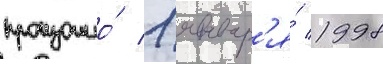
произошло́ 1 январ'я́ 1998